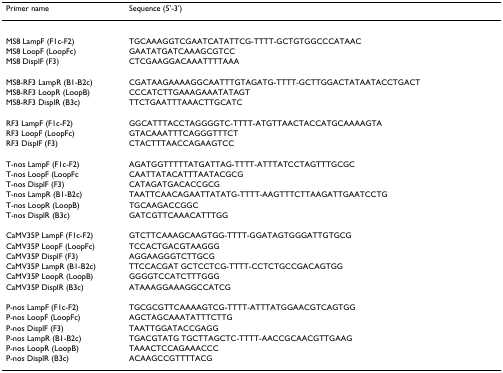
<table><thead><tr><td><b>Primer name</b></td><td><b>Sequence (5&#x27;-3&#x27;)</b></td></tr></thead><tbody><tr><td>MS8 LampF (F1c-F2)</td><td>TGCAAAGGTCGAATCATATTCG-TTTT-GCTGTGGCCCATAAC</td></tr><tr><td>MS8 LoopF (LoopFc)</td><td>GAATATGATCAAAGCGTCC</td></tr><tr><td>MS8 DisplF (F3)</td><td>CTCGAAGGACAAATTTTAAA</td></tr><tr><td>MS8-RF3 LampR (B1-B2c)</td><td>CGATAAGAAAAGGCAATTTGTAGATG-TTTT-GCTTGGACTATAATACCTGACT</td></tr><tr><td>MS8-RF3 LoopR (LoopB)</td><td>CCCATCTTGAAAGAAATATAGT</td></tr><tr><td>MS8-RF3 DisplR (B3c)</td><td>TTCTGAATTTAAACTTGCATC</td></tr><tr><td>RF3 LampF (F1c-F2)</td><td>GGCATTTACCTAGGGGTC-TTTT-ATGTTAACTACCATGCAAAAGTA</td></tr><tr><td>RF3 LoopF (LoopFc)</td><td>GTACAAATTTCAGGGTTTCT</td></tr><tr><td>RF3 DisplF (F3)</td><td>CTACTTTAACCAGAAGTCC</td></tr><tr><td>T-nos LampF (F1c-F2)</td><td>AGATGGTTTTTATGATTAG-TTTT-ATTTATCCTAGTTTGCGC</td></tr><tr><td>T-nos LoopF (LoopFc</td><td>CAATTATACATTTAATACGCG</td></tr><tr><td>T-nos DisplF (F3)</td><td>CATAGATGACACCGCG</td></tr><tr><td>T-nos LampR (B1-B2c)</td><td>TAATTCAACAGAATTATATG-TTTT-AAGTTTCTTAAGATTGAATCCTG</td></tr><tr><td>T-nos LoopR (LoopB)</td><td>TGCAAGACCGGC</td></tr><tr><td>T-nos DisplR (B3c)</td><td>GATCGTTCAAACATTTGG</td></tr><tr><td>CaMV35P LampF (F1c-F2)</td><td>GTCTTCAAAGCAAGTGG-TTTT-GGATAGTGGGATTGTGCG</td></tr><tr><td>CaMV35P LoopF (LoopFc)</td><td>TCCACTGACGTAAGGG</td></tr><tr><td>CaMV35P DisplF (F3)</td><td>AGGAAGGGTCTTGCG</td></tr><tr><td>CaMV35P LampR (B1-B2c)</td><td>TTCCACGAT GCTCCTCG-TTTT-CCTCTGCCGACAGTGG</td></tr><tr><td>CaMV35P LoopR (LoopB)</td><td>GGGGTCCATCTTTGGG</td></tr><tr><td>CaMV35P DisplR (B3c)</td><td>ATAAAGGAAAGGCCATCG</td></tr><tr><td>P-nos LampF (F1c-F2)</td><td>TGCGCGTTCAAAAGTCG-TTTT-ATTTATGGAACGTCAGTGG</td></tr><tr><td>P-nos LoopF (LoopFc)</td><td>AGCTAGCAAATATTTCTTG</td></tr><tr><td>P-nos DisplF (F3)</td><td>TAATTGGATACCGAGG</td></tr><tr><td>P-nos LampR (B1-B2c)</td><td>TGACGTATG TGCTTAGCTC-TTTT-AACCGCAACGTTGAAG</td></tr><tr><td>P-nos LoopR (LoopB)</td><td>TAAACTCCAGAAACCC</td></tr><tr><td>P-nos DisplR (B3c)</td><td>ACAAGCCGTTTTACG</td></tr></tbody></table>